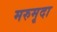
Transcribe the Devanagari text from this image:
मरुमृदा